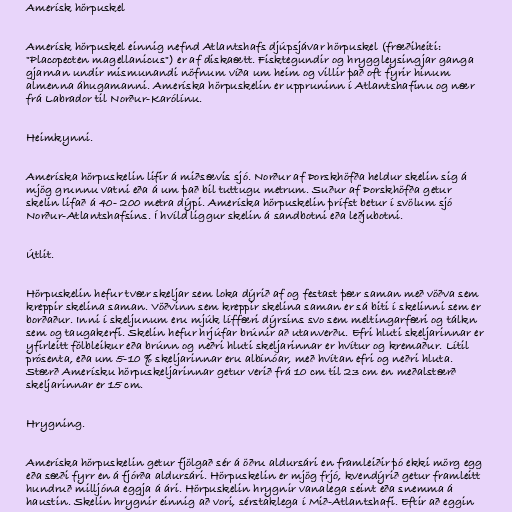
Amerísk hörpuskel

Amerísk hörpuskel einnig nefnd Atlantshafs djúpsjávar hörpuskel (fræðiheiti:
"Placopecten magellanicus") er af diskaætt. Fisktegundir og hryggleysingjar ganga
gjarnan undir mismunandi nöfnum víða um heim og villir það oft fyrir hinum
almenna áhugamanni. Ameríska hörpuskelin er uppruninn í Atlantshafinu og nær
frá Labrador til Norður-Karólínu.

Heimkynni.

Ameríska hörpuskelin lifir á miðsævis sjó. Norður af Þorskhöfða heldur skelin sig á
mjög grunnu vatni eða á um það bil tuttugu metrum. Suður af Þorskhöfða getur
skelin lifað á 40- 200 metra dýpi. Ameríska hörpuskelin þrífst betur í svölum sjó
Norður-Atlantshafsins. Í hvíld liggur skelin á sandbotni eða leðjubotni.

Útlit.

Hörpuskelin hefur tvær skeljar sem loka dýrið af og festast þær saman með vöðva sem
kreppir skelina saman. Vöðvinn sem kreppir skelina saman er sá biti í skelinni sem er
borðaður. Inni í skeljunum eru mjúk líffæri dýrsins svo sem meltingarfæri og tálkn
sem og taugakerfi. Skelin hefur hrjúfar brúnir að utanverðu. Efri hluti skeljarinnar er
yfirleitt fölbleikur eða brúnn og neðri hluti skeljarinnar er hvítur og kremaður. Lítil
prósenta, eða um 5-10 % skeljarinnar eru albínóar, með hvítan efri og neðri hluta.
Stærð Amerísku hörpuskeljarinnar getur verið frá 10 cm til 23 cm en meðalstærð
skeljarinnar er 15 cm.

Hrygning.

Ameríska hörpuskelin getur fjölgað sér á öðru aldursári en framleiðir þó ekki mörg egg
eða sæði fyrr en á fjórða aldursári. Hörpuskelin er mjög frjó, kvendýrið getur framleitt
hundruð milljóna eggja á ári. Hörpuskelin hrygnir vanalega seint eða snemma á
haustin. Skelin hrygnir einnig að vori, sérstaklega í Mið-Atlantshafi. Eftir að eggin